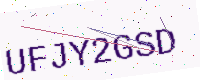
Text: UFJY2GSD